Report of the Hyderabad Chloroform Commission
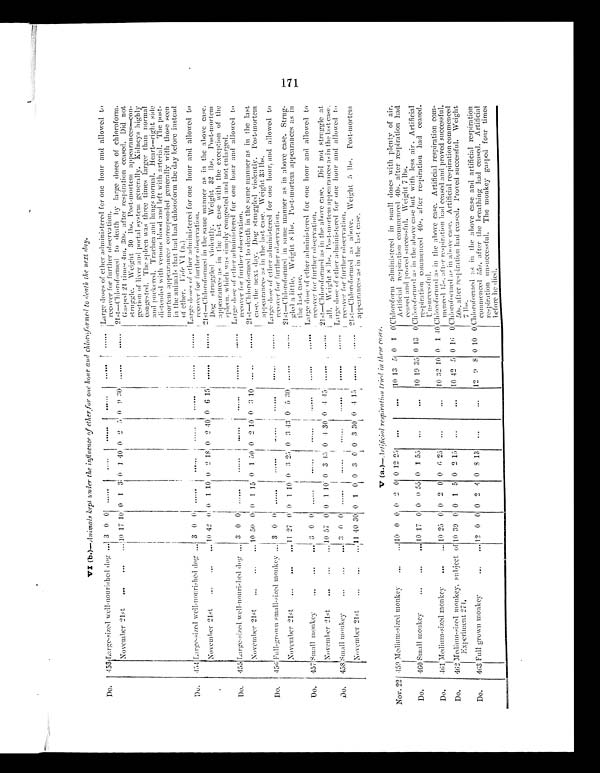
VI ( b . )—Animals kept under the influence of ether for one hour and chloroformed to death the next day.
Do.
453 Large-sized well-nourished dog . . . 3 0 0 . . .
. . .
. . .
. . .
. . .
. . .
Large doses of ether administered for one hour and allowed to
recover for further observation.
November 21st . . .
10
17 10 0 1 3 0 1 40 0 2 5 0 9 30
. . .
. . .
21st—Chloroformed to death by large doses of chloroform.
Gasped 21 times 4m. 3os. after respiration ceased. Did not
struggle.
Weight 30 lbs. Post-mortem appearances—con
-
gestion of liver and portal system generally. Kidneys highly
congested. The spleen was three times larger than normal
and puckered. Trachea and lungs normal. Heart—right side
distended with venous blood and left with arterial. The post
-
mortem appearances corresponded generally with those seen
in the animals that had had chloroform the day before instead
of ether. Vide
VI. (a.)
Do.
454 Large-sized well-nourished dog . . .
3 0 0 . . .
. . .
. . .
. . .
. . .
. . .
Large doses of ether administered for one hour and allowed to
recover for further observation.
November 21st . . .
10 42 0 0 1 10 0 2 18 0 2 40 0 6 15
. . .
. . .
21st—Chloroformed in the same manner as in the above case.
Dog struggled violently.
Weight 32 1bs. Post-mortem
appearances as in the last case with the exception
of the
spleen,which was simply congested and not enlarged.
Do .
455 Large-sized well-nourished dog . . .
3 0 0
. . .
. . .
. . . . . .
. . .
. . .
Large dose of ether administered for one hour and allowed to
recover for further observation.
November 21st . . .
10 50 0 0 1 15 0 1 50 0 2 10 0 3 10
. . .
. . .
21st—Chloroformed to death in the same manner as in the last,
Case, the nex day. Dog struggled violently.
Post-mortem
appearances as in the last case. Weight 33 1bs.
Do.
456 Full-grown small-sized monkey . . . 3 0
0 . . .
. . .
. . .
. . .
. . .
. . .
Large dose of ether administered for one hour. and allowed to
recover for further observation.
November 21st . . .
11 27 0 0 1 10 0 3 25 0 3
43
0 5 30
. . .
. . .
21st—Chloroforned in same manner as in above case. Strug
-
gled a little. Weight 8 lbs. Post-mortem appearances as in
the last case.
Do.
457 Small monkey . . .
3 0 0 . . .
. . .
. . .
. . .
. . .
. . .
Large dose of ether administered for one hour and allowed to
recover for further observation.
November 21st . . .
10 57 0 0 1 10 0 3 45 0 4 30 0 4 45 . . .
. . .
21st—Chlorofome as in the :Wove case.Did not struggle at
all. Weights lbs. Post-mortem appearances :is in the last case.
Do.
458 Small monkey . . .
3 0 0
. . .
. . .
. . .
. . . . . .
. . .
Large dose of ether administered for one hour and allowed to
recover for further ohservation.
November 21st . . .
11
40 30 0 1 0 0 3 0 0 3 30 0 4
15
. . .
. . .
21st—Chloroformed as above. Weight 5 lbs. Post-morte
r appearances as in the last case.
V(a.)—Artificial respiration tried in these cases.
Nov. 22 459 Medium-sized monkey . . .
10 0 0 0 2 0 0 12 25
. . .
. . .
10 13 5 0 1 0
Chloroform administered in small doses with p l e n t y o f a i r -
Articial respiration commenced 40s. after respiration had.
ceased and proved successful. Weight 7 lbs.
Do.
460 Small monkey . . .
10 17 0 0 0 55 0 1 55
. . .
. . .
10 19 33 0 13
0 Chloroformed as in the above case but with less air. Artificial
respiration commenced 40s. after respiration had ceased.
Unsuccessful.
Do.
461 Medium-sized monkey . . .
10 25 0 0 2 0 0 6 25
. . .
. . .
10 32 10 0 1
40
Chloroformed as in th e above case. Artificial respiration com-
menced .45s. after respiration had ceased and proved successful.
Do.
462
Medium-sized monkey, subject of
E x p e r i m e n t 2 7 - 1 .
10 39 0 0 1 5 0 2 15
. . .
. . .
10 42 5 0 0 16
0 Chloroformed as in above case. Artificial respiration commenced
50s. after respiration had ceased. Proved successful.
Weight
7 1bs.
Do.
463 Full grown monkey . . .
12 0 0 0 2 4 0 8 13
. . .
. . .
12 9 8 0
10 0
Chloroformed
in the above case and artificial respiration
commenced 55s. after the breathing had ceased. Artificial
respiration unsuccessful.
The monkey gasped four times
before he died.